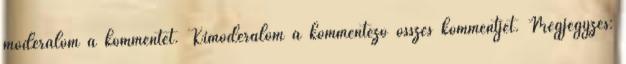
moderálom a kommentet. Kimoderálom a kommentező összes kommentjét. Megjegyzés: